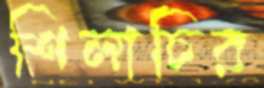
শিলাচির